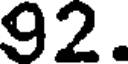
92.